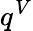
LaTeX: q^{V}